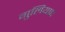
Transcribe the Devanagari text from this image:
गुलियाए